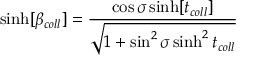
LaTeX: \sinh [ \beta _ { c o l l } ] = \frac { \cos \sigma \sinh [ t _ { c o l l } ] } { \sqrt { 1 + \sin ^ { 2 } \sigma \sinh ^ { 2 } t _ { c o l l } } }